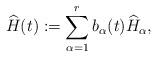
LaTeX: \begin{align*}\widehat H(t):=\sum_{\alpha=1}^rb_{\alpha}(t)\widehat{H}_{\alpha},\end{align*}